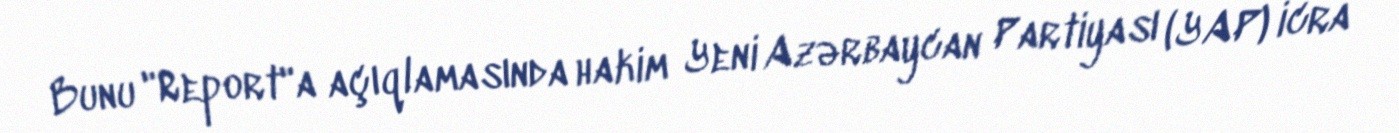
Bunu "Report"a açıqlamasında hakim Yeni Azərbaycan Partiyası (YAP) icra